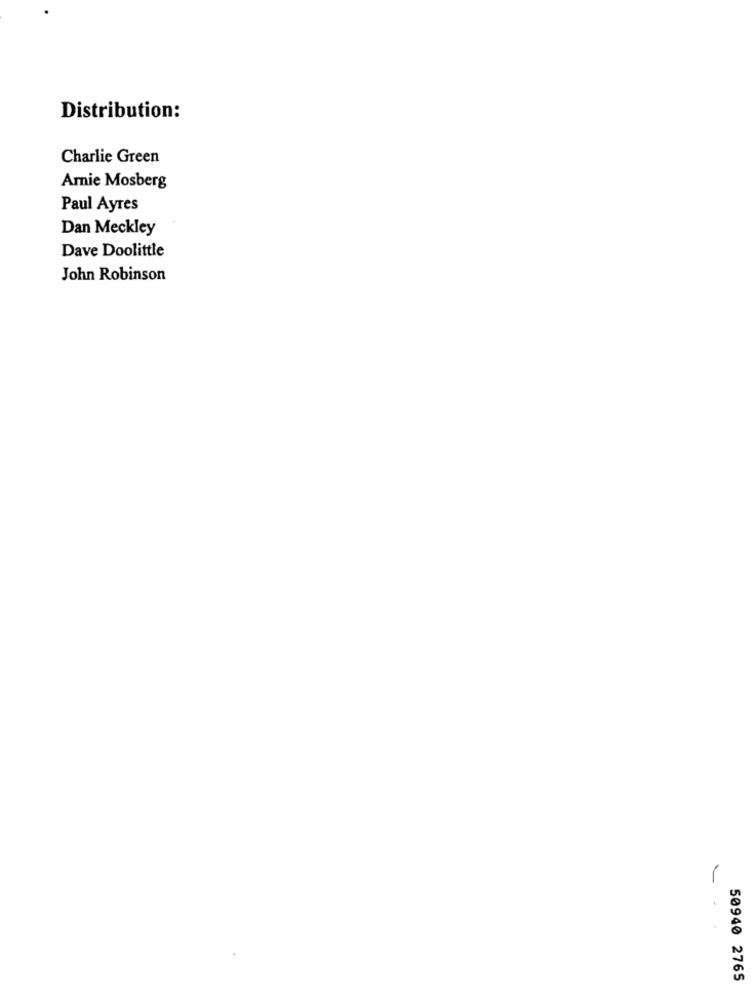
Distribution:
Charlie Green
Amie Mosberg
Paul Ayres
Dan Meckley
Dave Doolittle
John Robinson
50940 2765